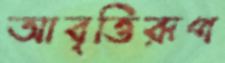
আবৃত্তিরূপ